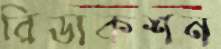
রিডাকশন